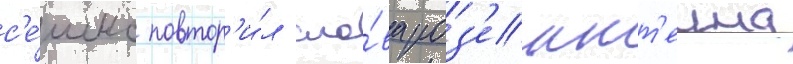
с'е́шнс повтор'и́л сло́ва роз'еншт'еина